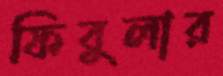
ফিবুলার